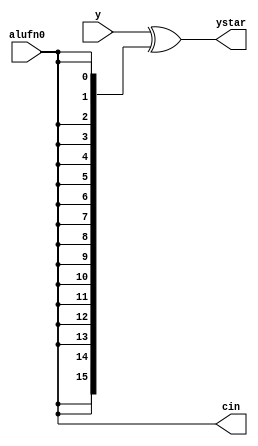
/*
   This file was generated automatically by Alchitry Labs version 1.2.1.
   Do not edit this file directly. Instead edit the original Lucid source.
   This is a temporary file and any changes made to it will be destroyed.
*/

module ytoystar_16 (
    input [15:0] y,
    input alufn0,
    output reg [15:0] ystar,
    output reg cin
  );
  
  
  
  always @* begin
    ystar[0+15-:16] = y[0+15-:16] ^ {5'h10{alufn0}};
    cin = alufn0;
  end
endmodule